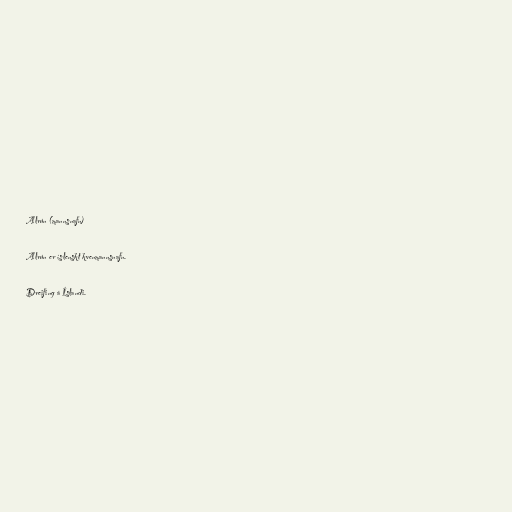
Alrún (mannsnafn)

Alrún er íslenskt kvenmannsnafn.

Dreifing á Íslandi.